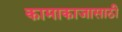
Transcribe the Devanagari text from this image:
कामाकाजासाठी